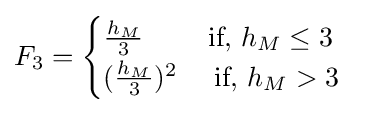
F_{3}={\begin{cases}{\frac {h_{M}}{3}}\qquad {\text{ if, }}h_{M}\leq 3\\({\frac {h_{M}}{3}})^{2}\quad {\text{ if, }}h_{M}>3\end{cases}}